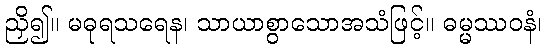
ညှိ၍။ မဓုရသရေန၊ သာယာစွာသောအသံဖြင့်။ ဓမ္မဿဝနံ၊